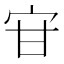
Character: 𭓣